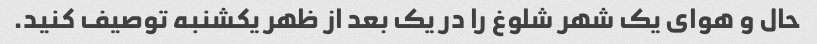
حال و هوای یک شهر شلوغ را در یک بعد از ظهر یکشنبه توصیف کنید.